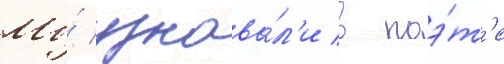
Мы́ узнава́л'и в поэ́т'е